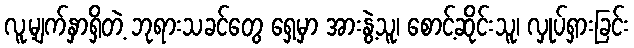
လူ့မျက်နှာရှိတဲ့ ဘုရားသခင်တွေ ရှေ့မှာ အားနွဲ့သူ၊ စောင့်ဆိုင်းသူ၊ လှုပ်ရှားခြင်း